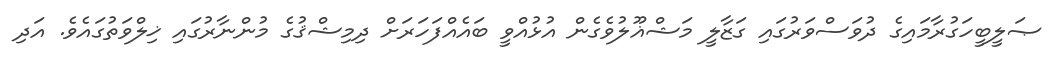
ޞަލީބީހަގުރާމައިގެ ދުވަސްވަރުގައި ގަޒާލީ މަޝްޣޫލުވެގެން އުޅުއްވީ ބައެއްފަހަރަށް ދިމިޝްޤުގެ މުންނާރުގައި ޚިލްވަތުގައެވެ. އަދި